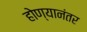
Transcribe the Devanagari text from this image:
होण्यानंतर